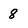
Character: 8